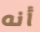
أنه